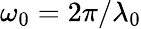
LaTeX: \omega_{0}=2\pi/\lambda_{0}